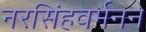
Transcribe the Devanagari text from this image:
नरसिंहवर्मनने